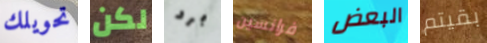
تحويلك لكن برد فرانسين البعض بقيتم